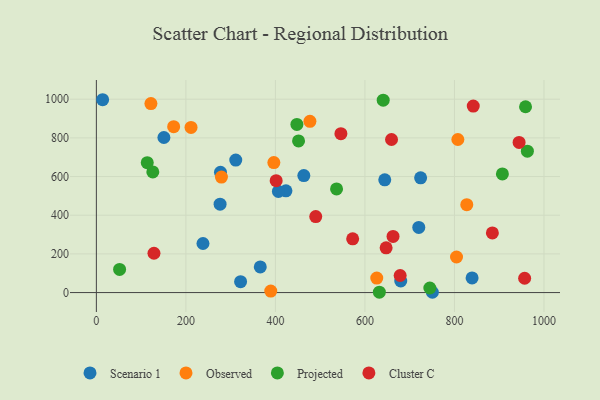
{"axis": {"x": "Distance", "y": "Fuel Efficiency"}, "legend": ["Cluster C", "Observed", "Projected", "Scenario 1"], "data": [{"x": "680.0", "y": 59.7, "type": "Scenario 1"}, {"x": "150.9", "y": 801.9, "type": "Scenario 1"}, {"x": "720.3", "y": 337.0, "type": "Scenario 1"}, {"x": "277.3", "y": 621.8, "type": "Scenario 1"}, {"x": "14.0", "y": 997.2, "type": "Scenario 1"}, {"x": "311.4", "y": 684.9, "type": "Scenario 1"}, {"x": "423.5", "y": 526.1, "type": "Scenario 1"}, {"x": "463.5", "y": 605.0, "type": "Scenario 1"}, {"x": "724.4", "y": 593.5, "type": "Scenario 1"}, {"x": "238.2", "y": 253.8, "type": "Scenario 1"}, {"x": "750.7", "y": 1.5, "type": "Scenario 1"}, {"x": "322.2", "y": 56.2, "type": "Scenario 1"}, {"x": "366.2", "y": 132.6, "type": "Scenario 1"}, {"x": "644.3", "y": 582.9, "type": "Scenario 1"}, {"x": "839.4", "y": 75.7, "type": "Scenario 1"}, {"x": "276.4", "y": 457.3, "type": "Scenario 1"}, {"x": "406.7", "y": 523.0, "type": "Scenario 1"}, {"x": "279.4", "y": 597.2, "type": "Observed"}, {"x": "807.6", "y": 791.4, "type": "Observed"}, {"x": "477.1", "y": 885.7, "type": "Observed"}, {"x": "827.5", "y": 454.3, "type": "Observed"}, {"x": "389.6", "y": 7.6, "type": "Observed"}, {"x": "121.9", "y": 977.4, "type": "Observed"}, {"x": "626.4", "y": 74.9, "type": "Observed"}, {"x": "211.5", "y": 854.1, "type": "Observed"}, {"x": "172.7", "y": 858.0, "type": "Observed"}, {"x": "396.5", "y": 672.0, "type": "Observed"}, {"x": "804.6", "y": 183.8, "type": "Observed"}, {"x": "958.8", "y": 960.9, "type": "Projected"}, {"x": "51.9", "y": 119.7, "type": "Projected"}, {"x": "448.0", "y": 869.3, "type": "Projected"}, {"x": "632.2", "y": 1.9, "type": "Projected"}, {"x": "745.0", "y": 23.5, "type": "Projected"}, {"x": "907.1", "y": 613.6, "type": "Projected"}, {"x": "962.9", "y": 730.9, "type": "Projected"}, {"x": "126.1", "y": 624.0, "type": "Projected"}, {"x": "536.6", "y": 535.9, "type": "Projected"}, {"x": "113.7", "y": 671.9, "type": "Projected"}, {"x": "451.7", "y": 784.4, "type": "Projected"}, {"x": "640.8", "y": 994.8, "type": "Projected"}, {"x": "546.3", "y": 821.8, "type": "Cluster C"}, {"x": "662.8", "y": 290.2, "type": "Cluster C"}, {"x": "572.6", "y": 277.9, "type": "Cluster C"}, {"x": "944.4", "y": 776.3, "type": "Cluster C"}, {"x": "128.7", "y": 203.2, "type": "Cluster C"}, {"x": "956.8", "y": 74.0, "type": "Cluster C"}, {"x": "490.1", "y": 392.9, "type": "Cluster C"}, {"x": "647.3", "y": 231.3, "type": "Cluster C"}, {"x": "659.4", "y": 791.4, "type": "Cluster C"}, {"x": "842.0", "y": 964.6, "type": "Cluster C"}, {"x": "884.7", "y": 308.4, "type": "Cluster C"}, {"x": "678.7", "y": 88.2, "type": "Cluster C"}, {"x": "401.7", "y": 578.5, "type": "Cluster C"}]}